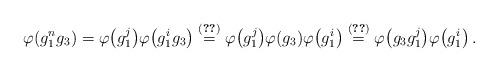
LaTeX: \begin{align*} \varphi (g^{n}_1 g_3) = \varphi \big( g^{j}_1 \big) \varphi \big( g^{i}_1 g_3 \big) \overset{(\ref{eq:5})}{=} \varphi \big( g^{j}_1 \big) \varphi (g_3) \varphi \big( g^{i}_1 \big) \overset{(\ref{eq:9})}{=} \varphi \big( g_3 g^{j}_1 \big) \varphi \big( g^{i}_1 \big) \,.\end{align*}